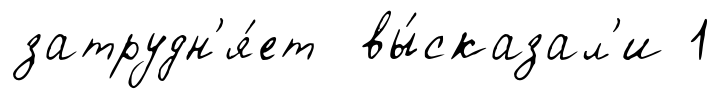
затрудн'я́ет вы́сказал'и 1